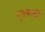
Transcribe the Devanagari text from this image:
गुरुसाठी